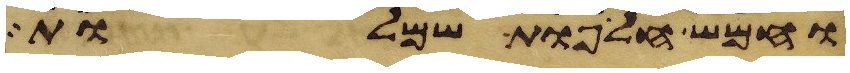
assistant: וחמש חליפות שמלות